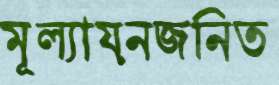
মূল্যায়নজনিত